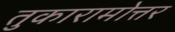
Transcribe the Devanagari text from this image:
तुकारामोत्तर